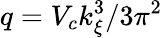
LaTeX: q=V_{c}k_{\xi}^{3}/3\pi^{2}